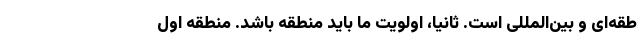
طقه‌ای و بین‌المللی است. ثانیا، اولویت ما باید منطقه باشد. منطقه اول